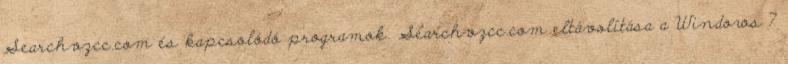
Searchvzcc.com és kapcsolódó programok. Searchvzcc.com eltávolítása a Windows 7